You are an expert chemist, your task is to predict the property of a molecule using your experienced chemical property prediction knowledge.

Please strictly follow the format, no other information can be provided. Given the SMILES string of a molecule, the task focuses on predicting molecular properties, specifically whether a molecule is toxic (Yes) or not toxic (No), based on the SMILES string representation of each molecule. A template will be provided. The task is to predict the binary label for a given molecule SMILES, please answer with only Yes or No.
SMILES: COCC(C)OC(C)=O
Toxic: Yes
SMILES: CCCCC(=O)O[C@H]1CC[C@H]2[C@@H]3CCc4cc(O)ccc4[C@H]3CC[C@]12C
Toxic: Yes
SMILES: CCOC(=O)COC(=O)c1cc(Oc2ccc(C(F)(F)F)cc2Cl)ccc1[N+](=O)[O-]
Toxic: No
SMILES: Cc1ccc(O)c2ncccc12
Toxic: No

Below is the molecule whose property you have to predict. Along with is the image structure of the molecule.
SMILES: CC[C@H](OC(C)=O)C(C[C@@H](C)NC)(c1ccccc1)c1ccccc1
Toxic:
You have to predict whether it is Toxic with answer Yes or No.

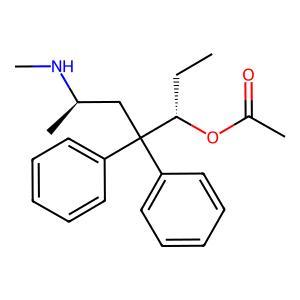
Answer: No